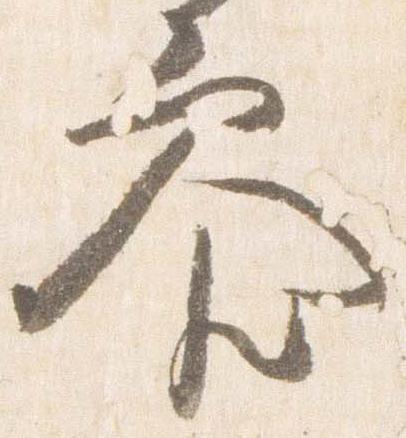
参